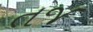
તજ